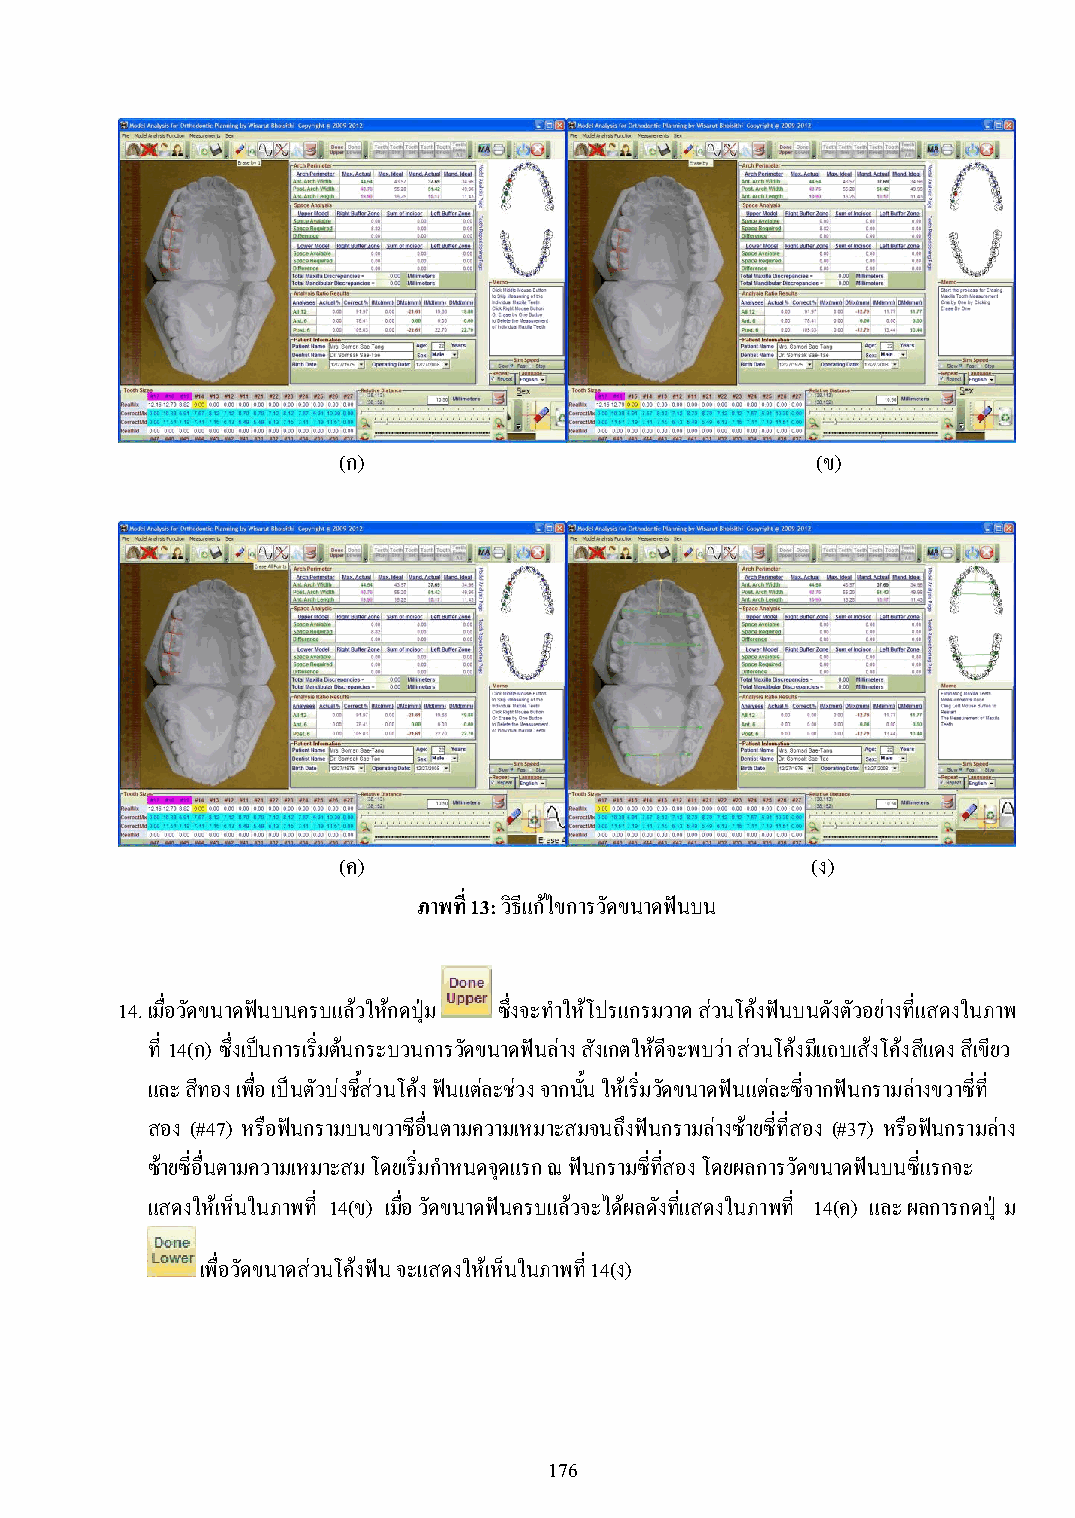
(ก)                             (ข)
 (ค)                             (ง)
 ภาพที่ 13: วิธีแก้ไขการวัดขนาดฟันบน
 14. เมื่อวัดขนาดฟันบนครบแล้วให้กดปุ่ม ซึ่งจะท าให้โปรแกรมวาด ส่วนโค้งฟันบนดังตัวอย่างที่แสดงในภาพ
 ที่ 14(ก) ซึ่งเป็นการเริ่มต้นกระบวนการวัดขนาดฟันล่าง สังเกตให้ดีจะพบว่า ส่วนโค้งมีแถบเส้งโค้งสีแดง สีเขียว
 และ สีทอง เพื่อ เป็นตัวบ่งชี้ส่วนโค้ง ฟันแต่ละช่วง จากนั้น ให้เริ่มวัดขนาดฟันแต่ละซี่จากฟันกรามล่างขวาซี่ที่
 สอง (#47) หรือฟันกรามบนขวาซอี ื่นตามความเหมาะสมจนถึงฟันกรามล่างซ้ายซี่ที่สอง (#37) หรือฟันกรามล่าง
 ซ้ายซี่อื่นตามความเหมาะสม โดยเริ่มก าหนดจุดแรก ณ ฟันกรามซี่ที่สอง โดยผลการวัดขนาดฟันบนซี่แรกจะ
 แสดงให้เห็นในภาพที่ 14(ข) เมื่อ วัดขนาดฟันครบแล้วจะได้ผลดังที่แสดงในภาพที่ 14(ค) และ ผลการกดปุ่ ม
 เพื่อวัดขนาดส่วนโค้งฟัน จะแสดงให้เห็นในภาพที่ 14(ง)
 176